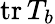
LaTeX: \mathrm{tr}\, T_{b}